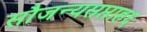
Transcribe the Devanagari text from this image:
सौजन्यसप्ताह६